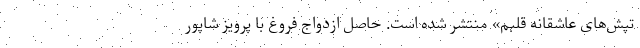
تپش‌های عاشقانه قلبم» منتشر شده است. حاصل ازدواج فروغ با پرویز شاپور